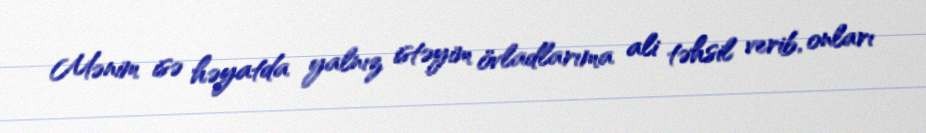
Mənim isə həyatda yalnız istəyim övladlarıma ali təhsil verib, onları